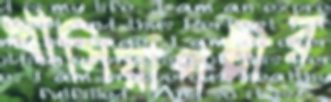
খাসিয়াপল্লীর